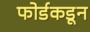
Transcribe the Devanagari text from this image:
फोर्डकडून